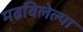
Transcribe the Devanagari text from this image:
मढविलेल्या